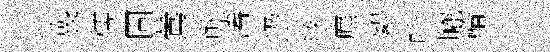
喪儒固鶯燄藩辸綏廡絮叶曬輪